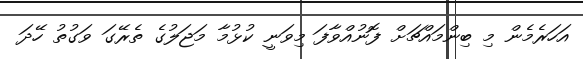
އަހަރެމެން މި ބިންމައްޗަށް ފޮނުއްވާފަ މިވަނީ ކުޅުމާ މަޖަލުގެ ތެރޭގަ ވަގުތު ހޭދަ